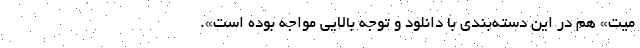
میت» هم در این دسته‌بندی با دانلود و توجه بالایی مواجه بوده است».